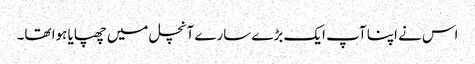
اس نے اپنا آپ ایک بڑے سارے آنچل میں چھپایا ہوا تھا۔